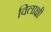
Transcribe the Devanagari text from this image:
विलाक्षी